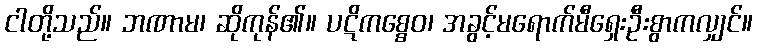
ငါတို့သည်။ ဘဏာမ၊ ဆိုကုန်၏။ ပဋိကစ္စေဝ၊ အခွင့်မရောက်မီရှေးဦးစွာကလျှင်။